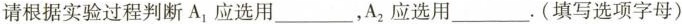
请根据实验过程判断A_{1}应选用___，A_{2}应选用___。(填写选项字母)